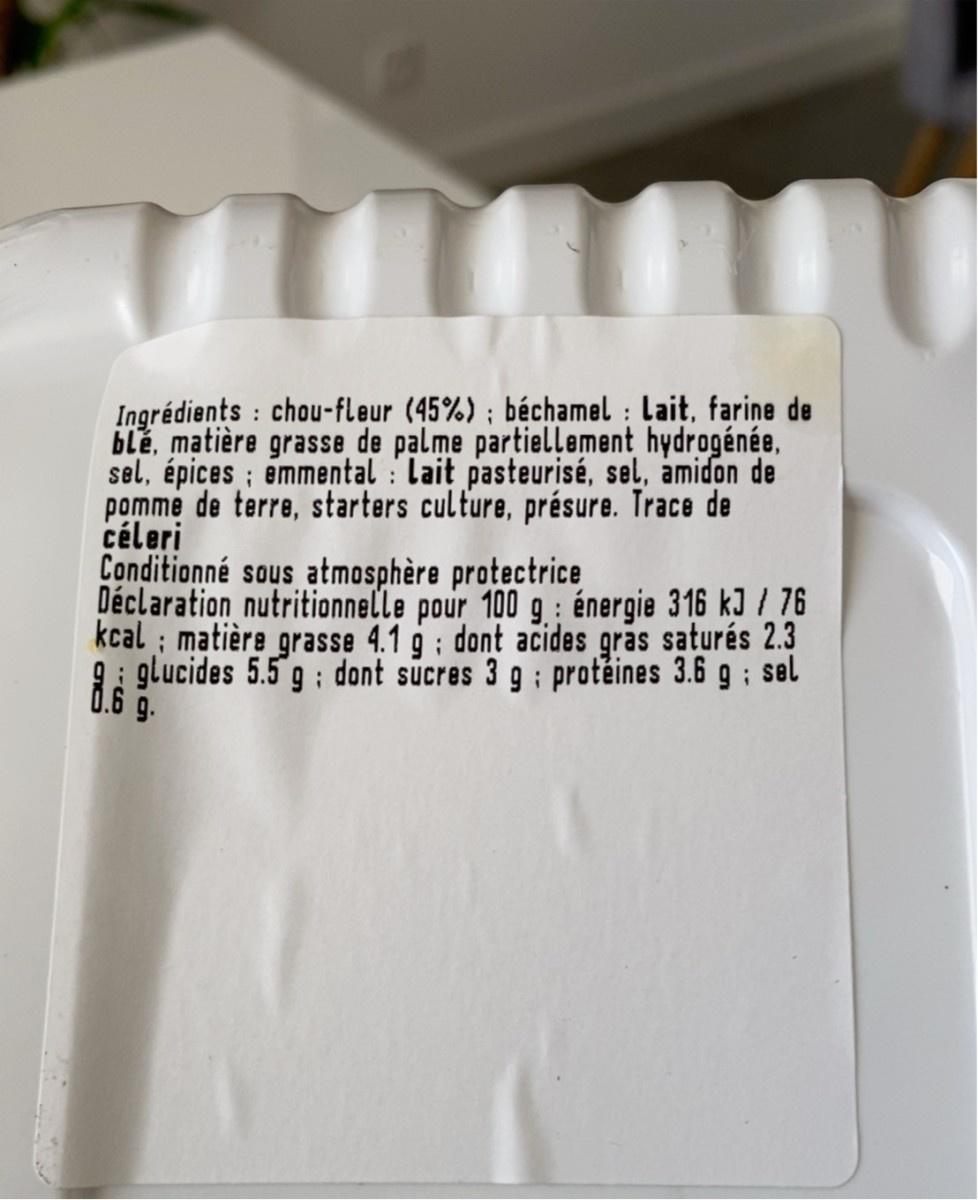
Ingrédients : chou-fleur (45%) ; béchamel : Lait, farine de blé, matière grasse de palme partiellement hydrogénée, sel, épices ; emmental : Lait pasteurisé, sel, amidon de pomme de terre, starters culture, présure. Trace de céleri Conditionné sous atmosphère protectrice Déclaration nutritionnelle pour 100 g : énergie 316 kJ / 76 kcal ; matière grasse 4.1 g : dont acides gras saturés 2.3 9: glucides 5.5 g :; dont sucres 3 g : protěines 3.6 g : sel 0.6 9-